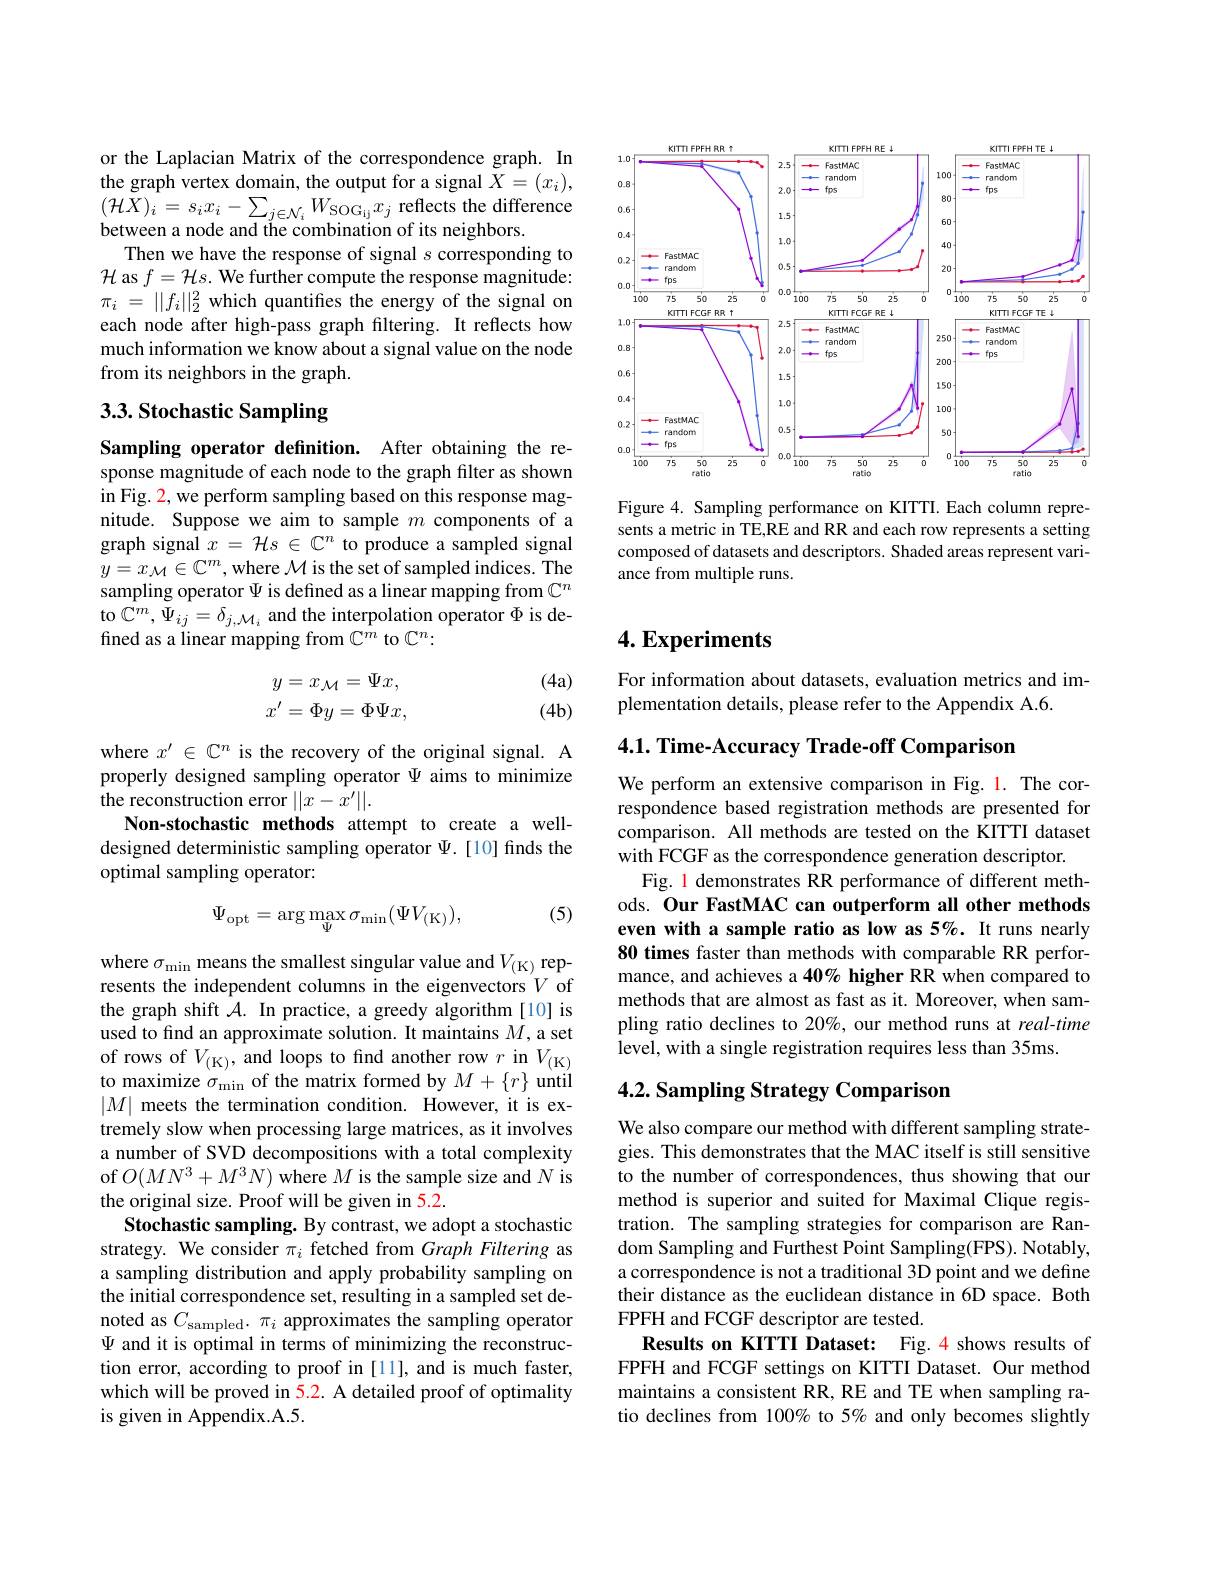
or the Laplacian Matrix of the correspondence graph. In the graph vertex domain, the output for a signal $\tilde{X}=(x_i)$, $( \mathcal{H} \tilde{X} ) _{i}= s_{i}x_{i}- \sum _{j\in \mathcal{N} _{i}}W_{\mathrm{SOG}_{\mathrm{ij}}}x_{j}$ reflects the difference between a node and the combination of its neighbors
Then we have the response of signal $s$ corresponding to $\mathcal{H}$ as $f=\mathcal{H}s.$ We further compute the response magnitude: $\pi _{i}$ = $\| f_{i}\| _{2}^{2}$ which quantifes the energy of the signal on each node after high-pass graph filtering. It reflects how much information we know about a signal value on the node from its neighbors in the graph.

## 3.3. Stochastic Sampling

Sampling operator definition. After obtaining the response magnitude of each node to the graph filter as shown in Fig. 2, we perform sampling based on this response magnitude. Suppose we aim to sample $m$ components of a graph signal $x=\mathcal{H}s\in\mathbb{C}^n$ to produce a sampled signal $y=x_{\mathcal{M}}\in\mathbb{C}^m$,where $\mathcal{M}$ is the set of sampled indices. The sampling operator $\Psi$ is defined as a linear mapping from $\mathbb{C}^n$ to $\hat{\mathbb{C}^{m}},\Psi_{ij}=\delta_{j,\mathcal{M}_{i}}$ and the interpolation operator $\Phi$ is defined as a linear mapping from $\mathbb{C}^m$ to $\mathbb{C}^n:$
$$y=x_{\mathcal{M}}=\Psi x,\\x^{\prime}=\Phi y=\Phi\Psi x,$$
(4a) $(4b)$

where $x^\prime\in\mathbb{C}^n$ is the recovery of the original signal. A properly designed sampling operator $\Psi$ aims to minimize the reconstruction error $||x-\bar{x^{\prime}}||.$
Non-stochastic methods attempt to create a welldesigned deterministic sampling operator $\Psi.$ [10] finds the optimal sampling operator:

(5)
$$\Psi_{\mathrm{opt}}=\arg\max_{\Psi}\sigma_{\mathrm{min}}(\Psi V_{\mathrm{(K)}}),$$
where $\sigma_\mathrm{min}$ means the smallest singular value and $V_\mathrm{(K)}$ represents the independent columns in the eigenvectors $V$ of the graph shift $\mathcal{A}.$ In practice, a greedy algorithm [10] is used to find an approximate solution. It maintains $M$,a set of rows of $V_{(\mathrm{K})}$, and loops to find another row $r$ in $V_{(\mathrm{K})}$ to maximize $\sigma_\mathrm{min}$ of the matrix formed by $M+\{r\}$ until $|M|$ meets the termination condition. However, it is extremely slow when processing large matrices, as it involves a number of SVD decompositions with a total complexity of$O(MN^{3}+M^{3}N)$ where $M$ is the sample size and $N$ is the original size. Proof will be given in 5.2.
Stochastic sampling. By contrast, we adopt a stochastic strategy. We consider $\pi_i$ fetched from Graph Filtering as a sampling distribution and apply probability sampling on the initial correspondence set, resulting in a sampled set denoted as $C_\mathrm{sampled}.$ $\pi_i$ approximates the sampling operator $\Psi$ and it is optimal in terms of minimizing the reconstruction error, according to proof in [11], and is much faster, which will be proved in 5.2. A detailed proof of optimality is given in Appendix.A.5.

<FigureHere>

Figure 4. Sampling performance on KITTI. Each column represents a metric in TE,RE and RR and each row represents a setting composed of datasets and descriptors. Shaded areas represent variance from multiple runs.

## $4. \textbf{Experiments}$

For information about datasets, evaluation metrics and im-
plementation details, please refer to the Appendix A.6.

4.1. Time-Accuracy Trade-off Comparison

We perform an extensive comparison in Fig. l. The correspondence based registration methods are presented for comparison. All methods are tested on the KITTI dataset with FCGF as the correspondence generation descriptor.
Fig. 1 demonstrates RR performance of different methods. Our FastMAC can outperform all other methods even with a sample ratio as low as 5%. It runs nearly 80 times faster than methods with comparable RR performance, and achieves a 40% higher RR when compared to methods that are almost as fast as it. Moreover, when sampling ratio declines to 20%, our method runs at real-time level, with a single registration requires less than 35ms.

## $4. 2. \textbf{ Sampling Strategy Comparison}$

We also compare our method with different sampling strategies. This demonstrates that the MAC itself is still sensitive to the number of correspondences, thus showing that our method is superior and suited for Maximal Clique registration. The sampling strategies for comparison are Random Sampling and Furthest Point Sampling(FPS). Notably, a correspondence is not a traditional 3D point and we define their distance as the euclidean distance in 6D space. Both FPFH and FCGF descriptor are tested.
Results on KITTI Dataset: Fig.4 shows results of FPFH and FCGF settings on KITTI Dataset. Our method maintains a consistent RR, RE and TE when sampling ratio declines from 100% to 5% and only becomes slightly